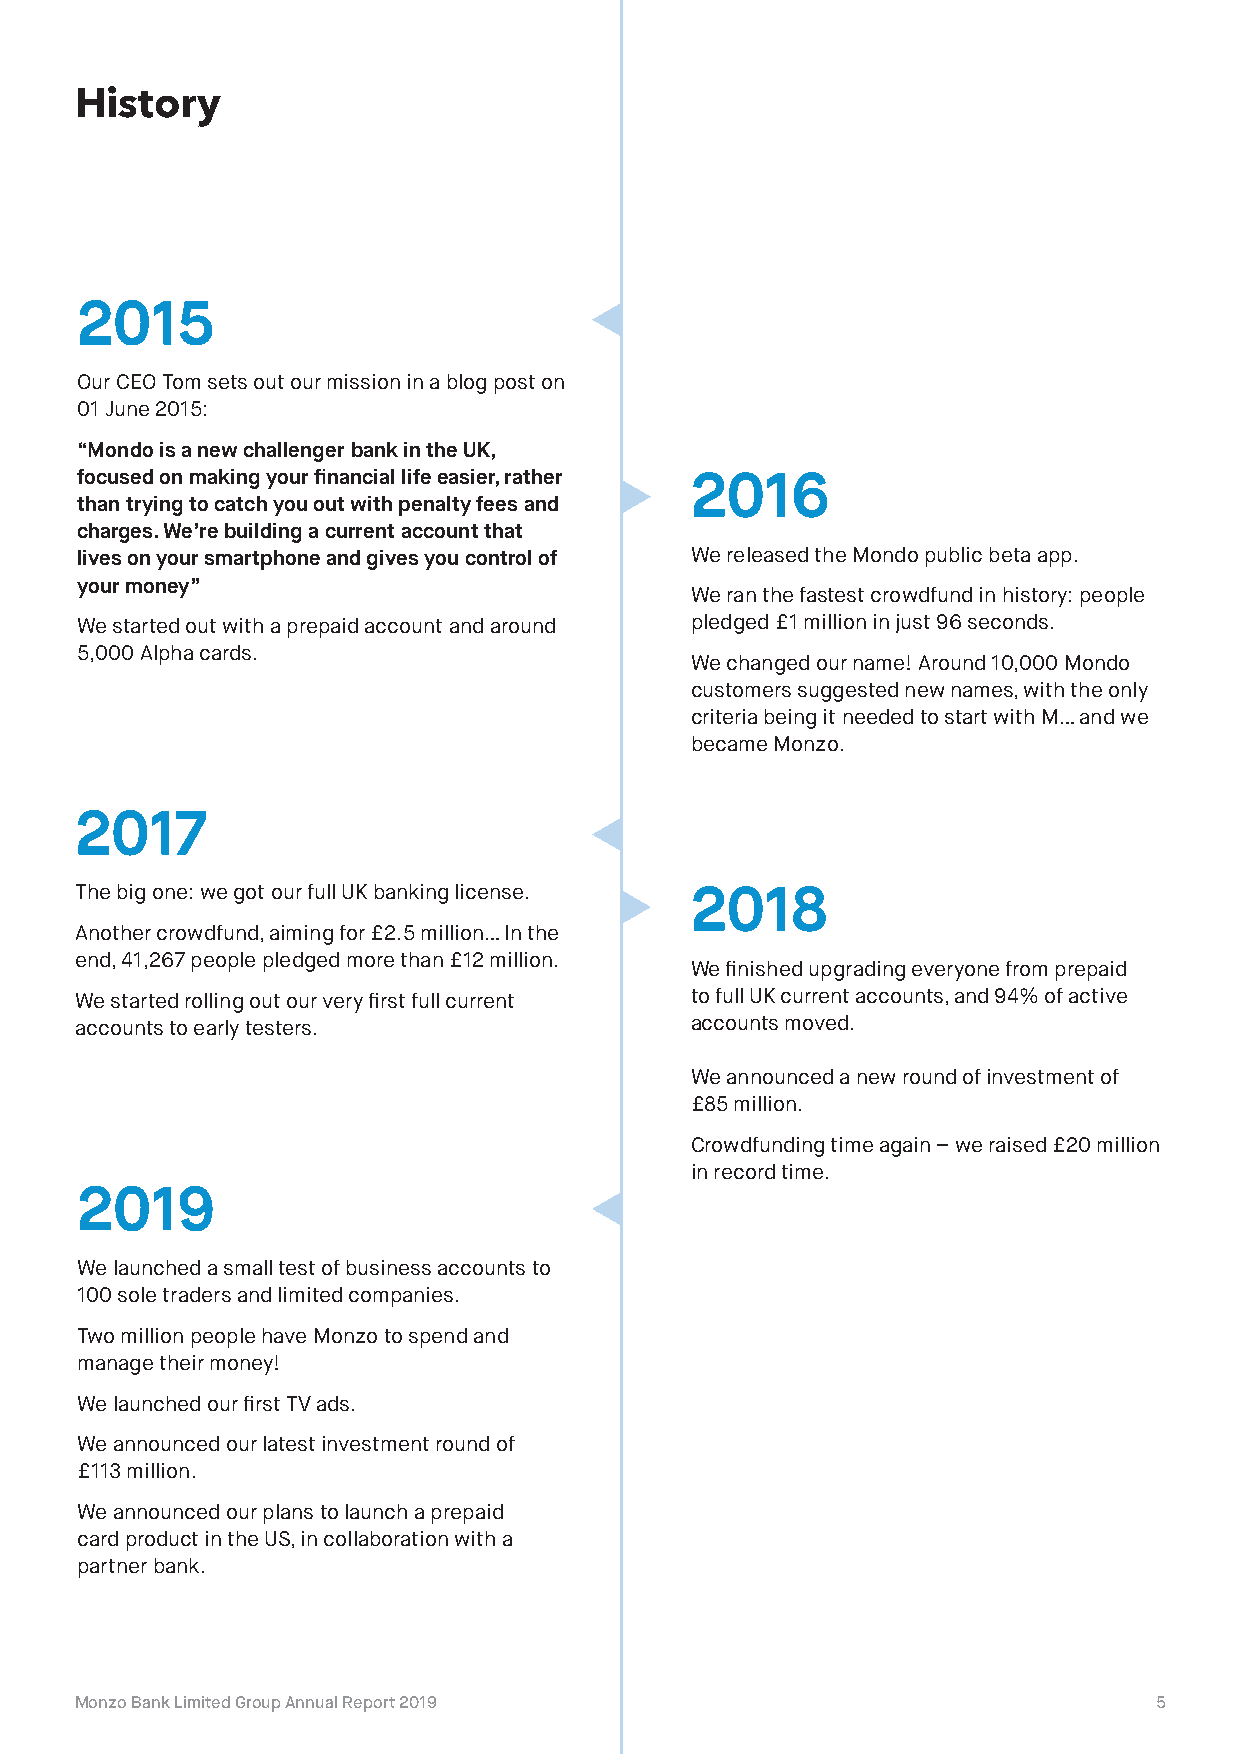
History
 2015
 Our CEO Tom sets out our mission in a blog post on
 01 June 2015:
 “Mondo is a new challenger bank in the UK,
 focused on making your financial life easier, rather 2016
 than trying to catch you out with penalty fees and
 charges. We’re building a current account that
 lives on your smartphone and gives you control of We released the Mondo public beta app.
 your money”
 We ran the fastest crowdfund in history: people
 We started out with a prepaid account and around pledged £1 million in just 96 seconds.
 5,000 Alpha cards.
 We changed our name! Around 10,000 Mondo
 customers suggested new names, with the only
 criteria being it needed to start with M… and we
 became Monzo.
 2017
 The big one: we got our full UK banking license. 2018
 Another crowdfund, aiming for £2.5 million… In the
 end, 41,267 people pledged more than £12 million.
 We finished upgrading everyone from prepaid
 We started rolling out our very first full current to full UK current accounts, and 94% of active
 accounts to early testers.               accounts moved.
 We announced a new round of investment of
 £85 million.
 Crowdfunding time again – we raised £20 million
 in record time.
 2019
 We launched a small test of business accounts to
 100 sole traders and limited companies.
 Two million people have Monzo to spend and
 manage their money!
 We launched our first TV ads.
 We announced our latest investment round of
 £113 million.
 We announced our plans to launch a prepaid
 card product in the US, in collaboration with a
 partner bank.
 Monzo Bank Limited Group Annual Report 2019                            5